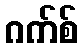
ဂက်စ်